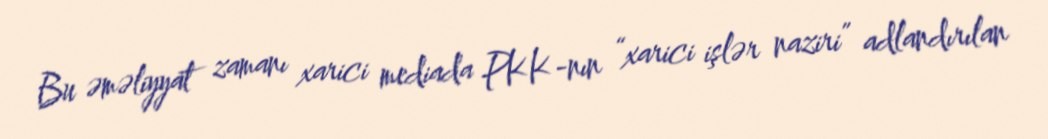
Bu əməliyyat zamanı xarici mediada PKK-nın “xarici işlər naziri” adlandırılan